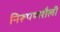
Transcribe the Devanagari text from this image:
निरूपणशैली